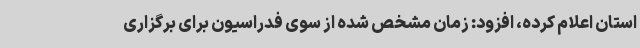
استان اعلام کرده، افزود: زمان مشخص شده از سوی فدراسیون برای برگزاری